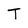
Character: T